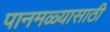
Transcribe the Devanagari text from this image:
पानमळ्यासाठी